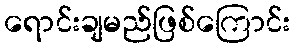
ရောင်းချမည်ဖြစ်ကြောင်း